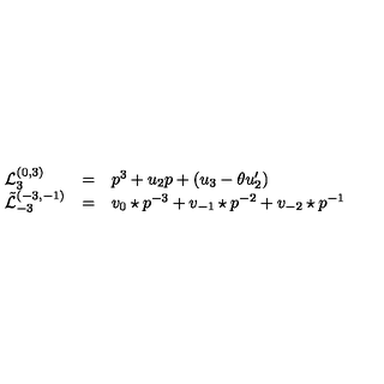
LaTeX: \begin{array} { l c l } { { \mathcal L } _ { 3 } ^ { ( 0 , 3 ) } } & { = } & { p ^ { 3 } + u _ { 2 } p + ( u _ { 3 } - \theta u _ { 2 } ^ { \prime } ) } \\ { { \tilde { \mathcal L } } _ { - 3 } ^ { ( - 3 , - 1 ) } } & { = } & { { v _ { 0 } \star p } ^ { - 3 } + v _ { - 1 } \star p ^ { - 2 } + v _ { - 2 } \star p ^ { - 1 } } \\ \end{array}